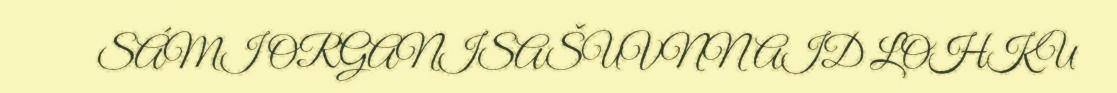
SÁMI ORGANISAŠUVNNAID LOHKU